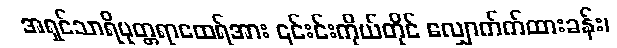
အရှင်သာရိပုတ္တရာထေရ်အား ၎င်းင်းကိုယ်တိုင် လျှောက်က်ထားခန်း၊